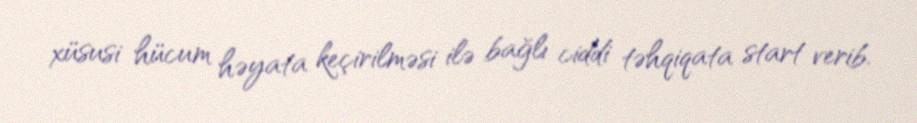
xüsusi hücum həyata keçirilməsi ilə bağlı ciddi təhqiqata start verib.